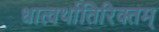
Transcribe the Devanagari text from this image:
धात्वर्थातिरिक्तम्